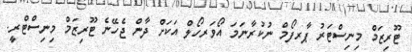
ޓޫރިޒަމް މިނިިސްޓަރު ޕާރފޯމް ނުކުރާނަމަ އޯވަރހޯލް އަކަށް ދާން ޖެހޭނެ ޓޫރިޒަމް މިނިސްޓްރީ.